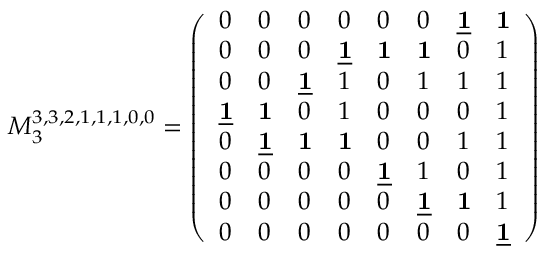
M _ { 3 } ^ { 3 , 3 , 2 , 1 , 1 , 1 , 0 , 0 } = \left( \begin{array} { l l l l l l l l } { 0 } & { 0 } & { 0 } & { 0 } & { 0 } & { 0 } & { \underline { { \mathbf { 1 } } } } & { \mathbf { 1 } } \\ { 0 } & { 0 } & { 0 } & { \underline { { \mathbf { 1 } } } } & { \mathbf { 1 } } & { \mathbf { 1 } } & { 0 } & { 1 } \\ { 0 } & { 0 } & { \underline { { \mathbf { 1 } } } } & { 1 } & { 0 } & { 1 } & { 1 } & { 1 } \\ { \underline { { \mathbf { 1 } } } } & { \mathbf { 1 } } & { 0 } & { 1 } & { 0 } & { 0 } & { 0 } & { 1 } \\ { 0 } & { \underline { { \mathbf { 1 } } } } & { \mathbf { 1 } } & { \mathbf { 1 } } & { 0 } & { 0 } & { 1 } & { 1 } \\ { 0 } & { 0 } & { 0 } & { 0 } & { \underline { { \mathbf { 1 } } } } & { 1 } & { 0 } & { 1 } \\ { 0 } & { 0 } & { 0 } & { 0 } & { 0 } & { \underline { { \mathbf { 1 } } } } & { \mathbf { 1 } } & { 1 } \\ { 0 } & { 0 } & { 0 } & { 0 } & { 0 } & { 0 } & { 0 } & { \underline { { \mathbf { 1 } } } } \end{array} \right)